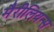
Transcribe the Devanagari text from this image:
मैरीलियन्स